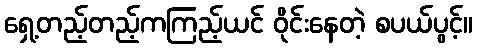
ရှေ့တည့်တည့်ကကြည့်ယင် ဝိုင်းနေတဲ့ စပယ်ပွင့်။